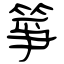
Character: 箏